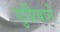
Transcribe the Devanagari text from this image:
सुप्रियाने